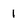
Character: I